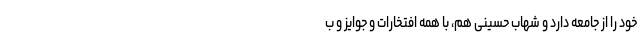
خود را از جامعه دارد و شهاب حسینی هم، با همه افتخارات و جوایز و ب